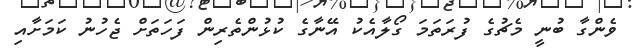
ވެންގާ ބުނީ މެޗުގެ ފުރަތަމަ ގޯލާއެކު އޭނާގެ ކުޅުންތެރިން ފަހަތަށް ޖެހުނު ކަމަށާއި